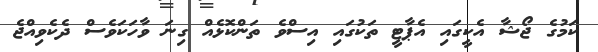
ކަމުގެ ޖޯޝާ އެކީގައި އެޕާޓީ ތަކުގައި އިސްވެ ތަންކޮޅެއް ގިނަ ވާހަކަވެސް ދެކެވިއްޖެ